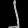
Digit: ၂